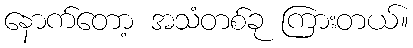
နောက်တော့ အသံတစ်ခု ကြားတယ်။